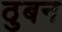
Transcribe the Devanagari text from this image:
ठुबन